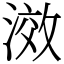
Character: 滧